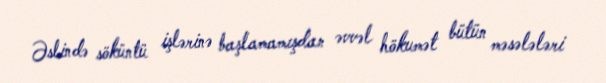
Əslində söküntü işlərinə başlamamışdan əvvəl hökumət bütün məsələləri